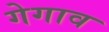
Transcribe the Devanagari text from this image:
गेगाव